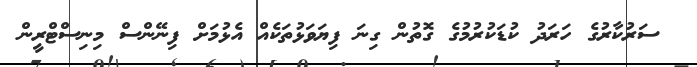
ސަރުކާރުގެ ހަރަދު ކުޑަކުރުމުގެ ގޮތުން ގިނަ ފިޔަވަޅުތަކެއް އެޅުމަށް ފިނޭންސް މިނިސްޓްރީން